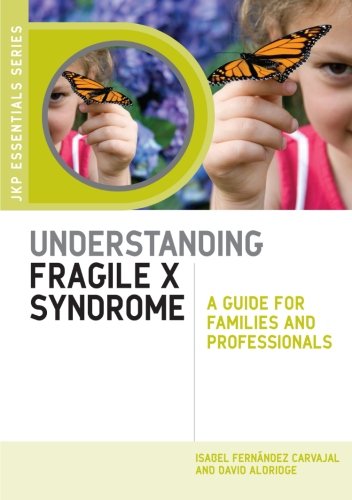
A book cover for Understanding Fragile X Syndrome: A Guide for Families and Professionals (Jkp Essentials); Isabel FernÃ¡ndez Carvajal; Health, Fitness & Dieting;